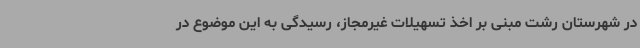
در شهرستان رشت مبنی بر اخذ تسهیلات غیرمجاز، رسیدگی به این موضوع در